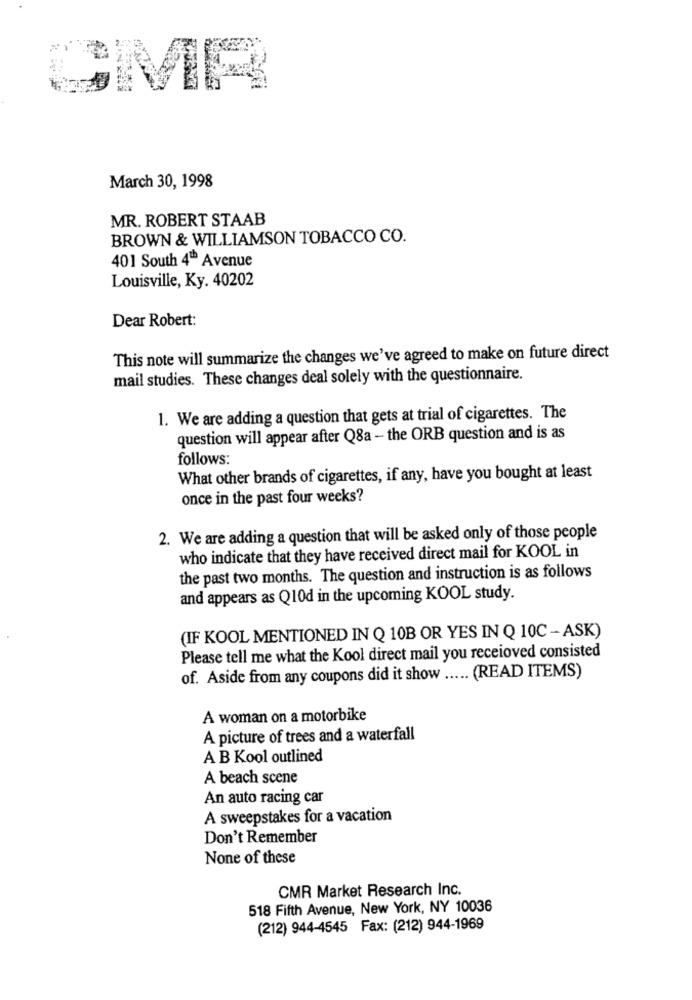
SMR
March 30, 1998
MR. ROBERT STAAB
BROWN & WILLIAMSON TOBACCO CO.
401 South 4" Avenue
Louisville, Ky. 40202
Dear Robert:
This note will summarize the changes we've agreed to make on future direct
mail studies. These changes deal solely with the questionnaire.
1. We are adding a question that gets at trial of cigarettes. The
question will appear after Q8a - the ORB question and is as
follows:
What other brands of cigarettes, if any, have you bought at least
once in the past four weeks?
2. We are adding a question that will be asked only of those people
who indicate that they have received direct mail for KOOL in
the past two months. The question and instruction is as follows
and appears as Q10d in the upcoming KOOL study.
(IF KOOL MENTIONED IN Q 10B OR YES IN Q 10C - ASK)
Please tell me what the Kool direct mail you receioved consisted
of. Aside from any coupons did it show ..... (READ ITEMS)
A woman on a motorbike
A picture of trees and a waterfall
A B Kool outlined
A beach scene
An auto racing car
A sweepstakes for a vacation
Don't Remember
None of these
CMR Market Research Inc.
518 Fifth Avenue, New York, NY 10036
(212) 944-4545 Fax: (212) 944-1969